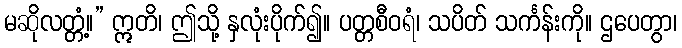
မဆိုလတ္တံ့။” ဣတိ၊ ဤသို့ နှလုံးပိုက်၍။ ပတ္တစီဝရံ၊ သပိတ် သင်္ကန်းကို။ ဌပေတွာ၊